Leaving Certificate Examination, 1911, 1911
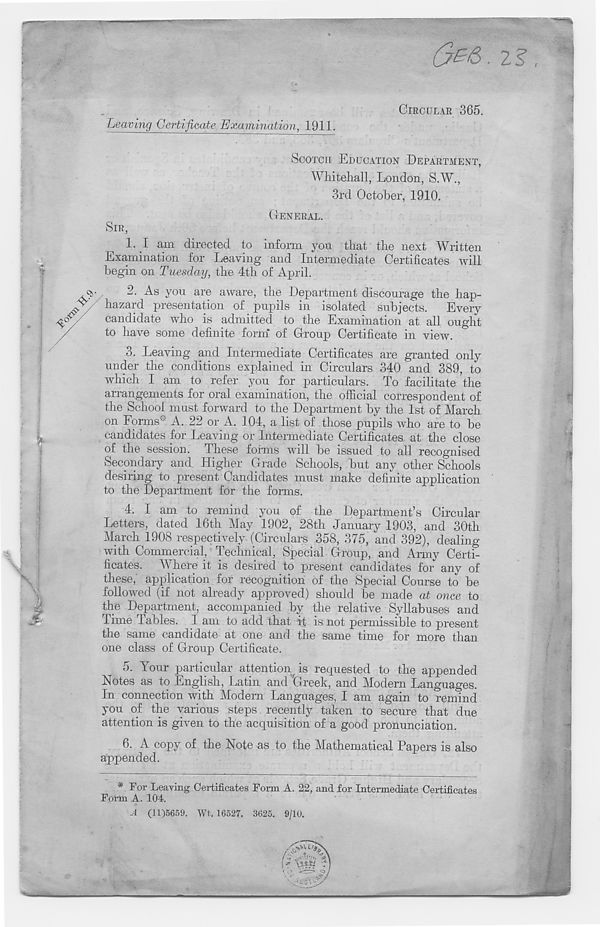
:
5£&- 2?
Leaving Certificate Examination, 1911.
CIRCULAR 365.
SCOTCH EDUCATION DEPARTMENT,
Whitehall, London, S.W.,
3rd October, 1910.
SIR,
GENERAL.
1. I am directed to inform you that the next Written
Examination for Leaving and Intermediate Certificates will
begin on Tuesday, the 4th of April.
2. As you are aware, the Department discourage the hap-
Jy/ hazard presentation of pupils in isolated subjects. Every
candidate who is admitted to the Examination at all ought
to have some definite form of Group Certificate in view.
3. Leaving and Intermediate Certificates are granted only
under the conditions explained in Circulars 340 and 389, to
which I am to refer you for particulars. To facilitate the
arrangements for oral examination, the official correspondent of
the School must forward to the Department by the 1st of March
on Forms'"' A. 22 or A. 104, a list of those pupils who are to be
candidates for Leaving or Intermediate Certificates at the close
of the session. These forms will be issued to all recognised
Secondary and Higher Grade Schools, but any other Schools
desiring to present Candidates must make definite application
to the Department for the forms.
4.
I am to remind you of the
Letters, dated 16th May 1902, 28th January 1903, and 30th
March 1908 respectively (Circulars 358, 375, and 392), dealing
with Commercial, Technical, Special Group, and Army Certi-
ficates. Where it is desired to present candidates for any of
these, application for recognition of the Special Course to be
followed (if not already approved) should be made at once to
the Department, accompanied by the relative Syllabuses and
Time Tables. I am to add that if is not permissible to present
the same candidate at one and the same time for more than
one class of Group Certificate.
5. Your particular attention is requested to the appended
Notes as to English, Latin and ’Greek, and Modern Languages.
In connection with Modern Languages, I am again to remind
you of the various steps recently taken to secure that due
attention is given to the acquisition of a good pronunciation.
6. A copy of the Note as to the Mathematical Papers is also
appended.
* For Leaving Certificates Form A. 22, and for Intermediate Certificates
Form A. 104.
A (11)5659. Wt. 16527. 3625. 9/10.